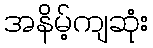
အနိမ့်ကျဆုံး